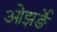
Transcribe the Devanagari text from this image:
ओझर्ङे